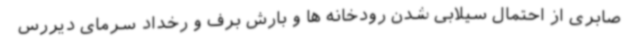
صابری از احتمال سیلابی شدن رودخانه ها و بارش برف و رخداد سرمای دیررس